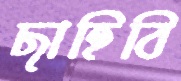
ছাহিবি